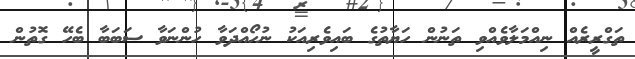
ތަގްރީރެއް ނިއްމަލާވެއްވި ތަނުން ހަޔާތުގެ ބައިވެރިއަކު ނުހޯއްދަވާ ހުންނަވާ ސަބަބާ ބެހޭ ގޮތުން